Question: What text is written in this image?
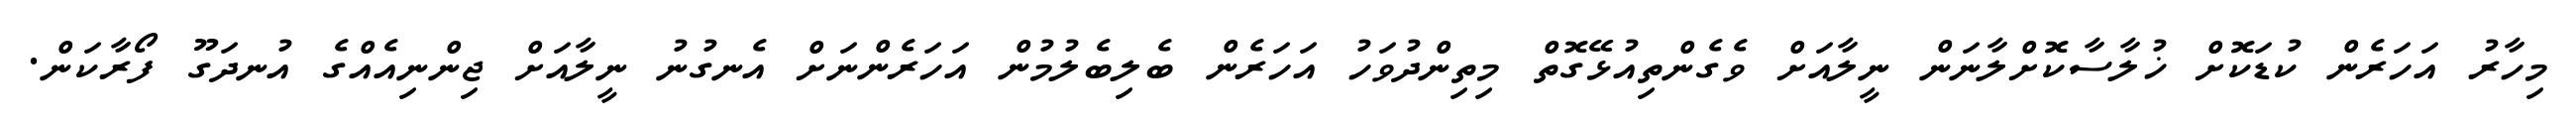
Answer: މިހާރު އަހަރެން ކުޑަކޮށް ޚުލާސާކޮށްލާނަން ނީލާއަށް ވެގެންތިއުޅޭގޮތް މިތިންދުވަހު އަހަރެން ބެލިބެލުމުން އަހަރެންނަށް އެނގުނު ނީލާއަށް ޖިންނިއެއްގެ އުނދަގޫ ފޯރާކަން.